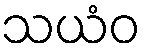
သယံဝ